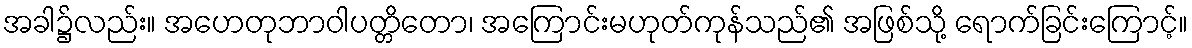
အခါ၌လည်း။ အဟေတုဘာဝါပတ္တိတော၊ အကြောင်းမဟုတ်ကုန်သည်၏ အဖြစ်သို့ ရောက်ခြင်းကြောင့်။